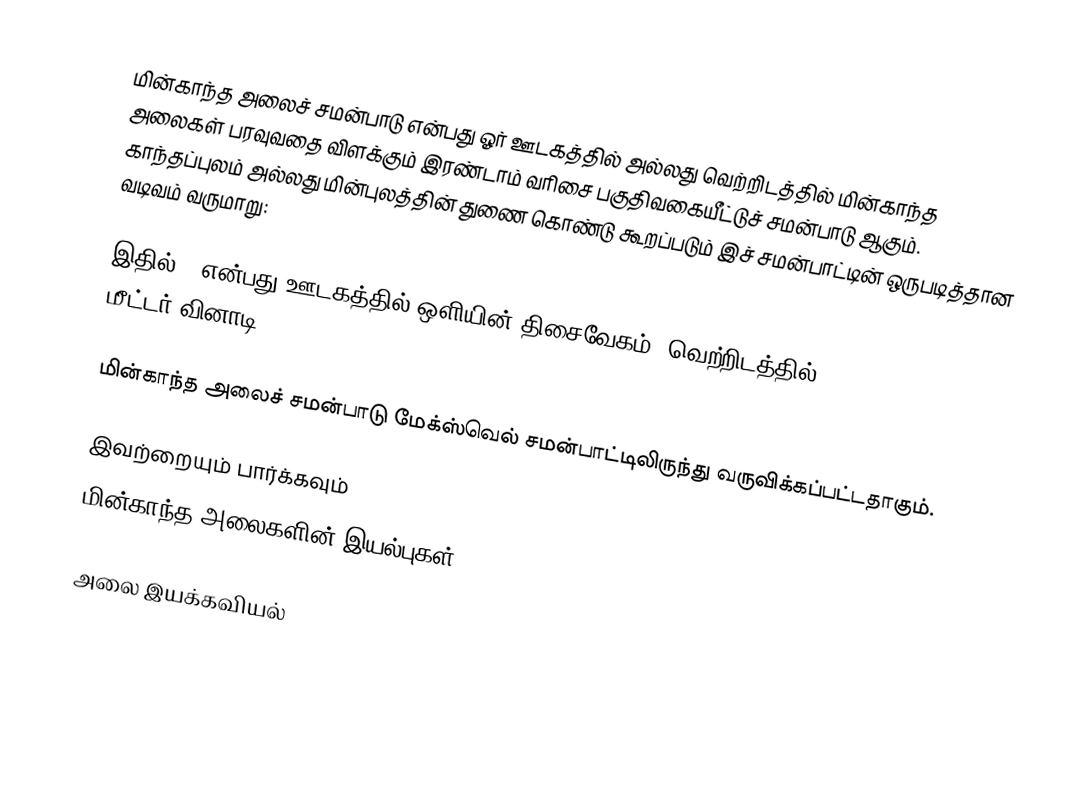
மின்காந்த அலைச் சமன்பாடு என்பது ஓர் ஊடகத்தில் அல்லது வெற்றிடத்தில் மின்காந்த அலைகள் பரவுவதை விளக்கும் இரண்டாம் வரிசை பகுதிவகையீட்டுச் சமன்பாடு ஆகும். காந்தப்புலம் அல்லது மின்புலத்தின் துணை கொண்டு கூறப்படும் இச் சமன்பாட்டின் ஒருபடித்தான வடிவம் வருமாறு:

இதில் c என்பது ஊடகத்தில் ஒளியின் திசைவேகம். வெற்றிடத்தில் c = 2.998 x 108 மீட்டர்/வினாடி.

மின்காந்த அலைச் சமன்பாடு மேக்ஸ்வெல் சமன்பாட்டிலிருந்து வருவிக்கப்பட்டதாகும்.

இவற்றையும் பார்க்கவும்
 மின்காந்த அலைகளின் இயல்புகள்

அலை இயக்கவியல்